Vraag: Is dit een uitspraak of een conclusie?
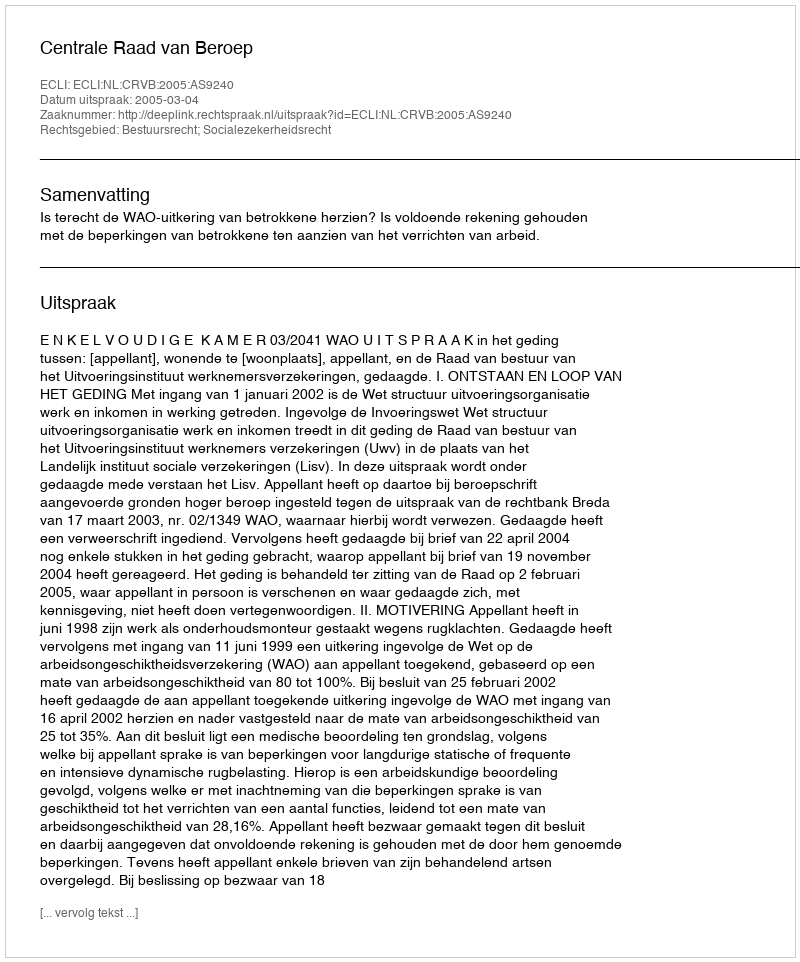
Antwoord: Uitspraak